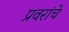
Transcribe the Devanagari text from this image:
प्रवरांचे